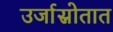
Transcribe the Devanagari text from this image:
उर्जास्रोतात